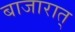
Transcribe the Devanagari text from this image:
बाजारात्‌